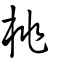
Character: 桃